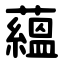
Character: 蘊